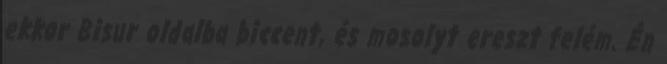
ekkor Bisur oldalba biccent, és mosolyt ereszt felém. Én